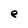
Character: e